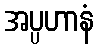
အပ္ပဟာနံ